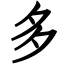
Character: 多